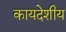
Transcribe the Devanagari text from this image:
कायदेशीय